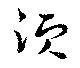
湏